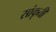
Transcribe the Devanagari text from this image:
सांकृती